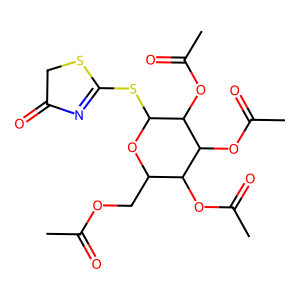
SMILES: CC(=O)OCC1OC(SC2=NC(=O)CS2)C(OC(C)=O)C(OC(C)=O)C1OC(C)=O
Inhibits HIV replication: No